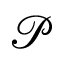
{ \mathcal P }